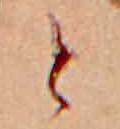
と